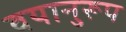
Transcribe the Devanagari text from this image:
वयानुरूप